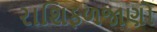
રાશિફળજાણો